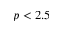
p < 2 . 5